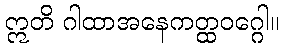
ဣတိ ဂါထာအနေကတ္ထဝဂ္ဂေါ။